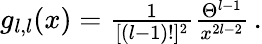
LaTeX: \begin{array}{r}{g_{l,l}(x)=\frac{1}{[(l-1)!]^{2}}\frac{\Theta^{l-1}}{x^{2l-2}}\, .}\end{array}